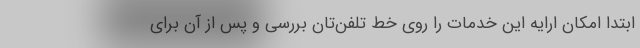
ابتدا امکان ارایه این خدمات را روی خط تلفن‌تان بررسی و پس از آن برای